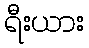
ရီးယား